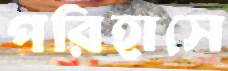
পরিহাসে